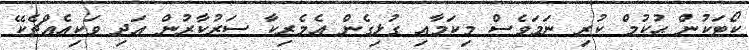
ކޯޓަކުން ޙުކުމް ކުރި ނަމަވެސް މިކަމާއި ގުޅިގެން އެމެރިކާ ސަރުކާރުން އަދި ވަކިއެއްޗެކޭ